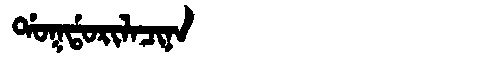
Manchu: ᡩᠣᡴᡩᠣᡵᡳᠯᠠᠴᡳᠨᠠ
Romanization: DOKDORILACINA